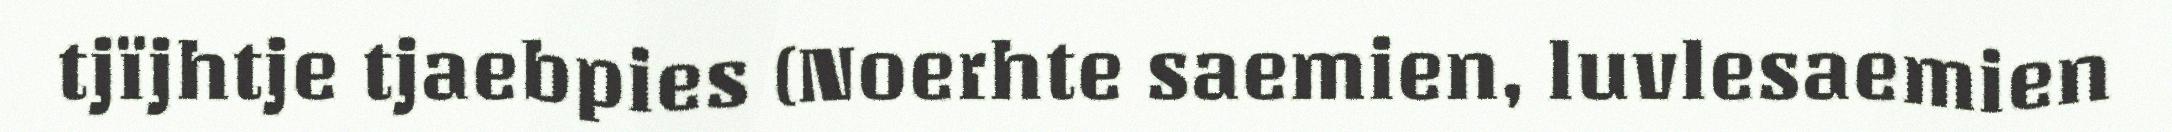
tjïjhtje tjaebpies (Noerhte saemien, luvlesaemien